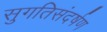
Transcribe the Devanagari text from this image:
सुगतिसंदर्षण